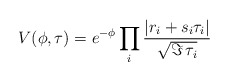
\begin{align*}V(\phi,\tau) = e^{- \phi} \prod_i \frac{|r_i + s_i \tau_i|}{\sqrt{\Im\,\tau_i}}\end{align*}